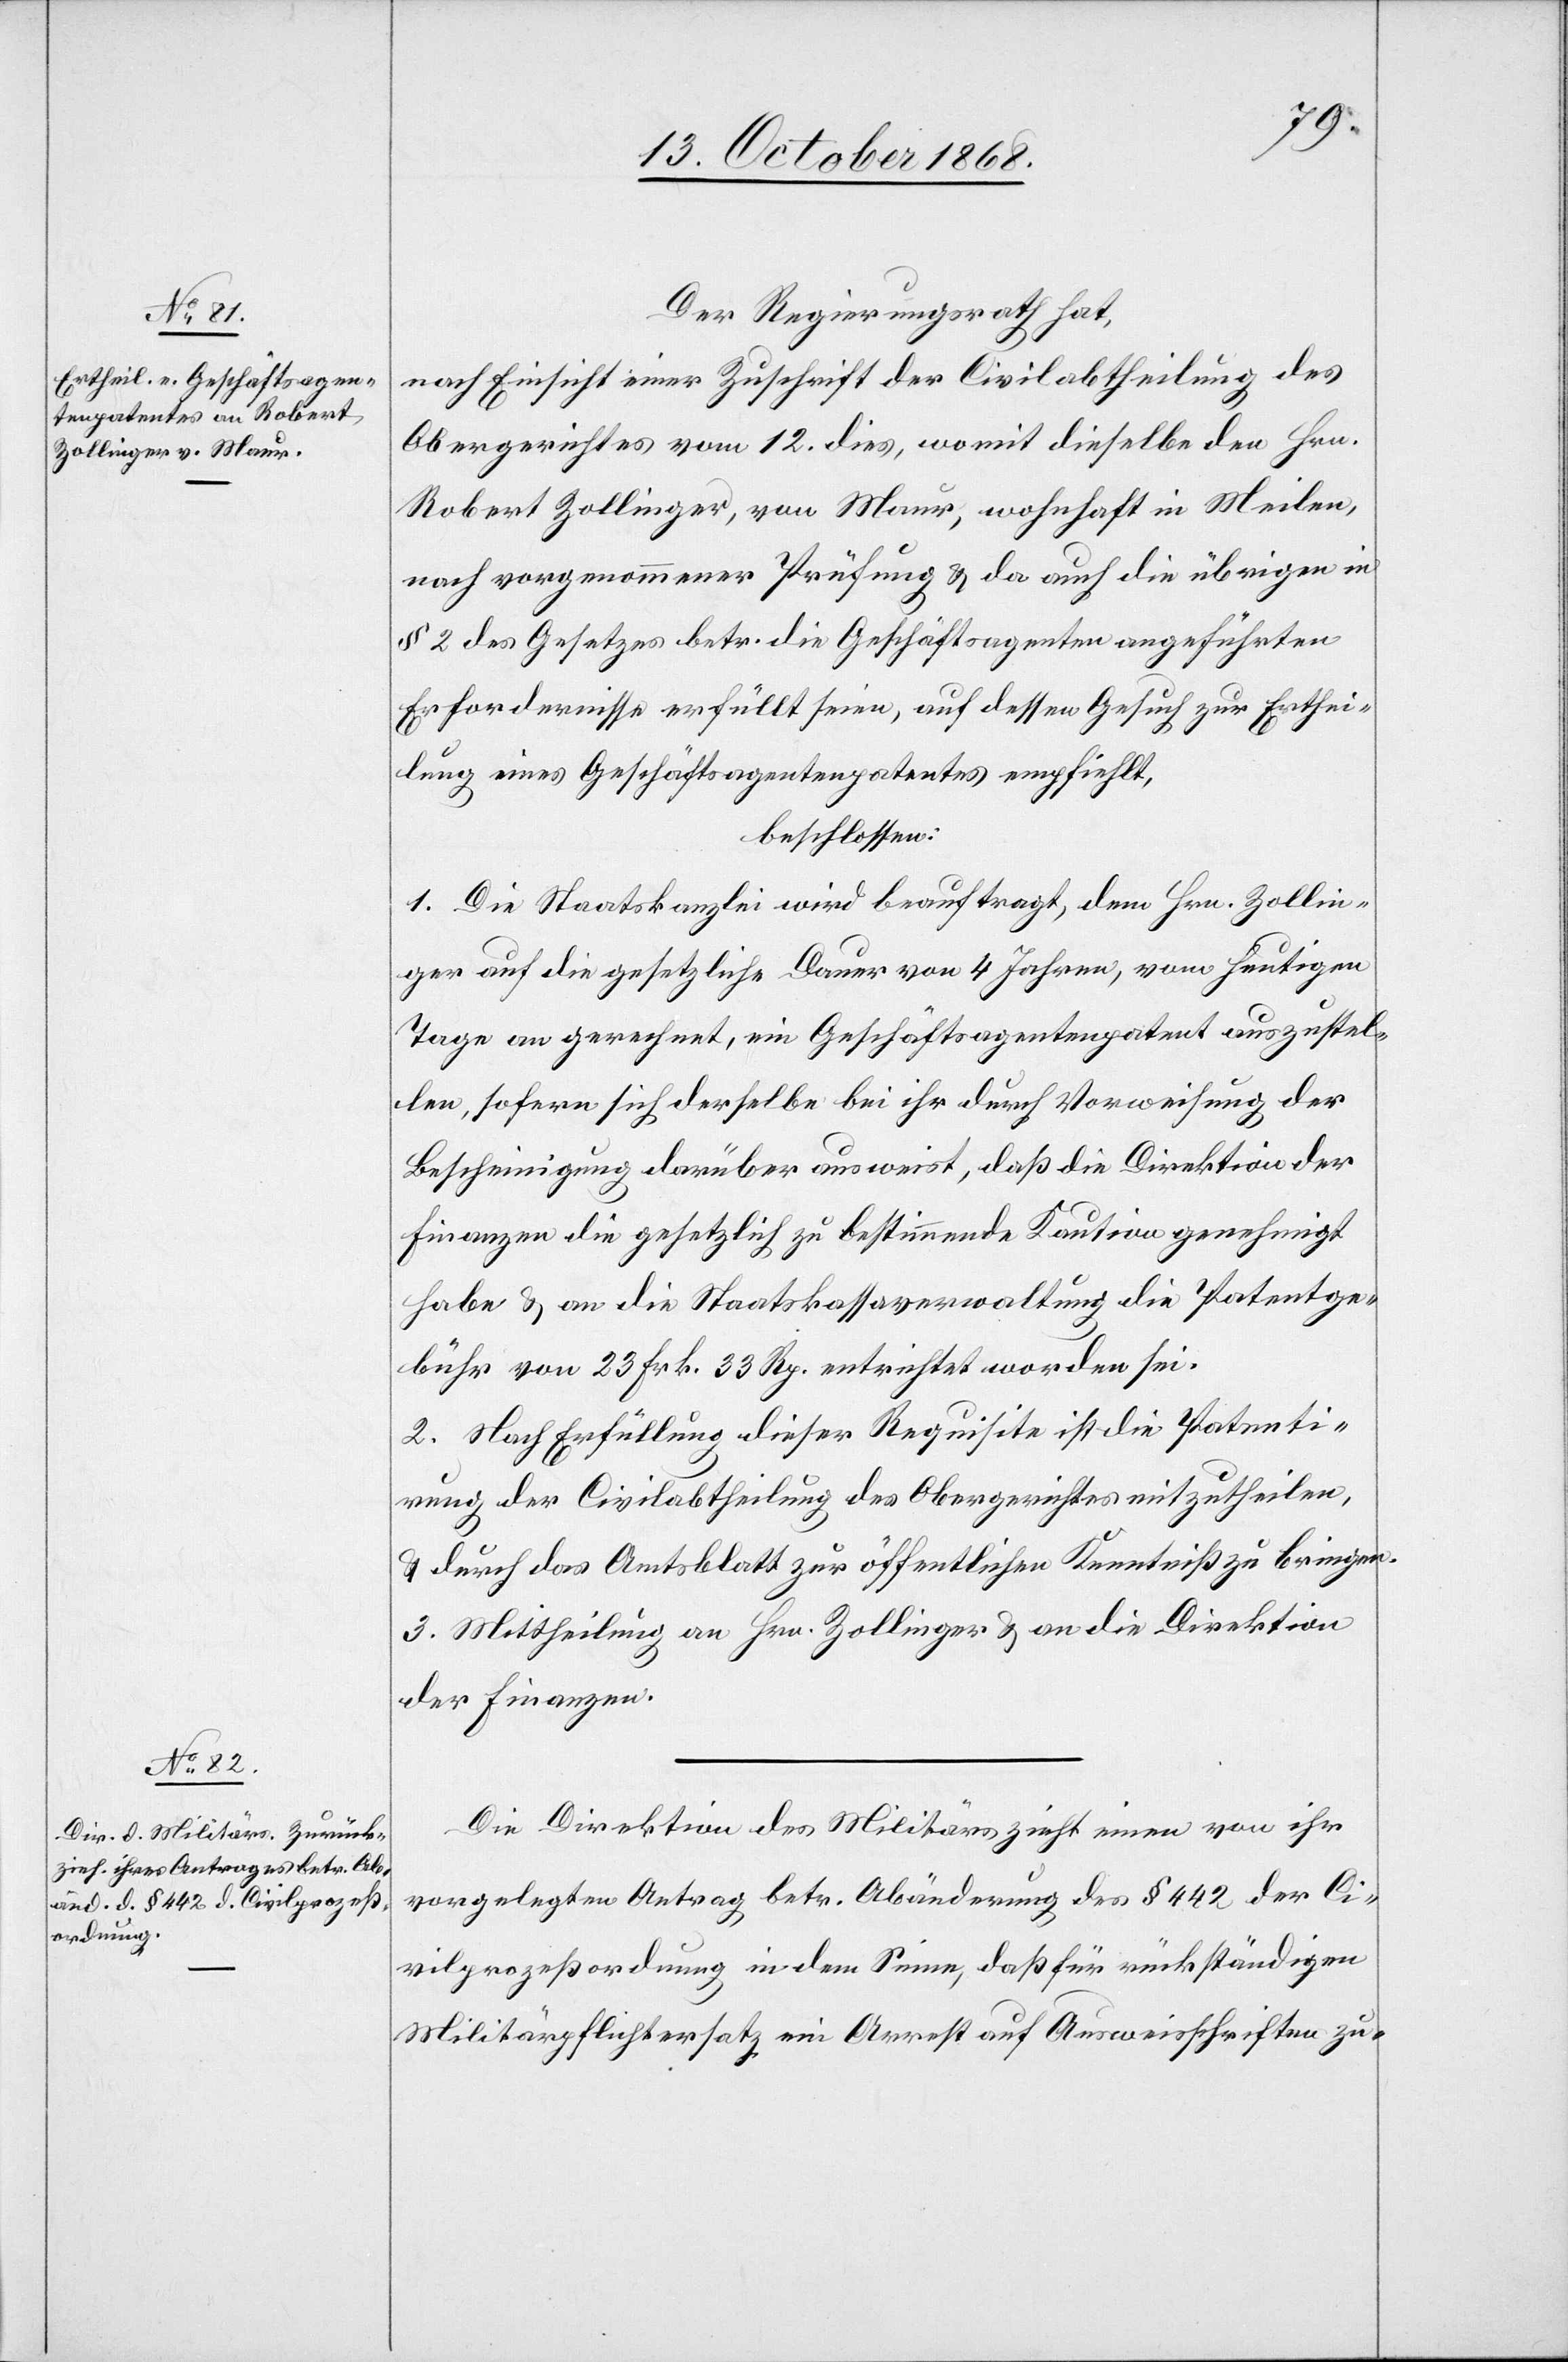
Der Regierungsrath hat,
nach Einsicht einer Zuschrift der Civilabtheilung des
Obergerichtes vom 12. dies, womit dieselbe den Hrn.
Robert Zollinger, von Maur, wohnhaft in Meilen,
nach vorgenommener Prüfung & da auch die übrigen in
§ 2 des Gesetzes betr. die Geschäftsagenten angeführten
Erfordernisse erfüllt seien, auf dessen Gesuch zur Erthei¬
lung eines Geschäftsagentenpatentes empfiehlt,
beschlossen:
1. Die Staatskanzlei wird beauftragt, dem Hrn. Zollin¬
ger auf die gesetzliche Dauer von 4 Jahren, vom heutigen
Tage an gerechnet, ein Geschäftsagentenpatent auszustel¬
len, sofern sich derselbe bei ihr durch Vorweisung der
Bescheinigung darüber ausweist, daß die Direktion der
Finanzen die gesetzlich zu bestimmende Kaution genehmigt
habe & an die Staatskassaverwaltung die Patentge¬
bühr von 23 Frk. 33 Rp. entrichtet worden sei.
2. Nach Erfüllung dieser Requisite ist die Patenti¬
rung der Civilabtheilung des Obergerichtes mitzutheilen,
& durch das Amtsblatt zur öffentlichen Kenntniß zu bringen.
3. Mittheilung an Hrn. Zollinger & an die Direktion
der Finanzen.
Die Direktion des Militärs zieht einen von ihr
vorgelegten Antrag betr. Abänderung des § 442 der Ci¬
vilprozeßordnung in dem Sinne, daß für rückständigen
Militärpflichtersatz ein Arrest auf Ausweisschriften zu-